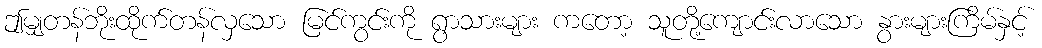
ဤမျှတန်ဘိုးထိုက်တန်လှသော မြင်ကွင်းကို ရွာသားများ ကတော့ သူတို့ကျောင်းလာသော နွားများကြိမ်နှင့်